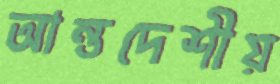
আন্তদেশীয়